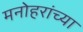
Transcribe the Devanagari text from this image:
मनोहरांच्या